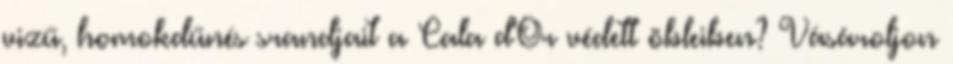
vizű, homokdűnés srandjait a Cala d'Or védett öbleiben? Vásároljon